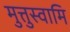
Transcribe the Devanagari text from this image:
मुत्तुस्वामि